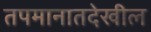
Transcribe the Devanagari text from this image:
तपमानातदेखील